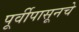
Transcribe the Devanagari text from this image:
पूर्वीपासूनचे